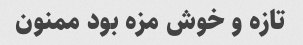
تازه و خوش مزه بود ممنون